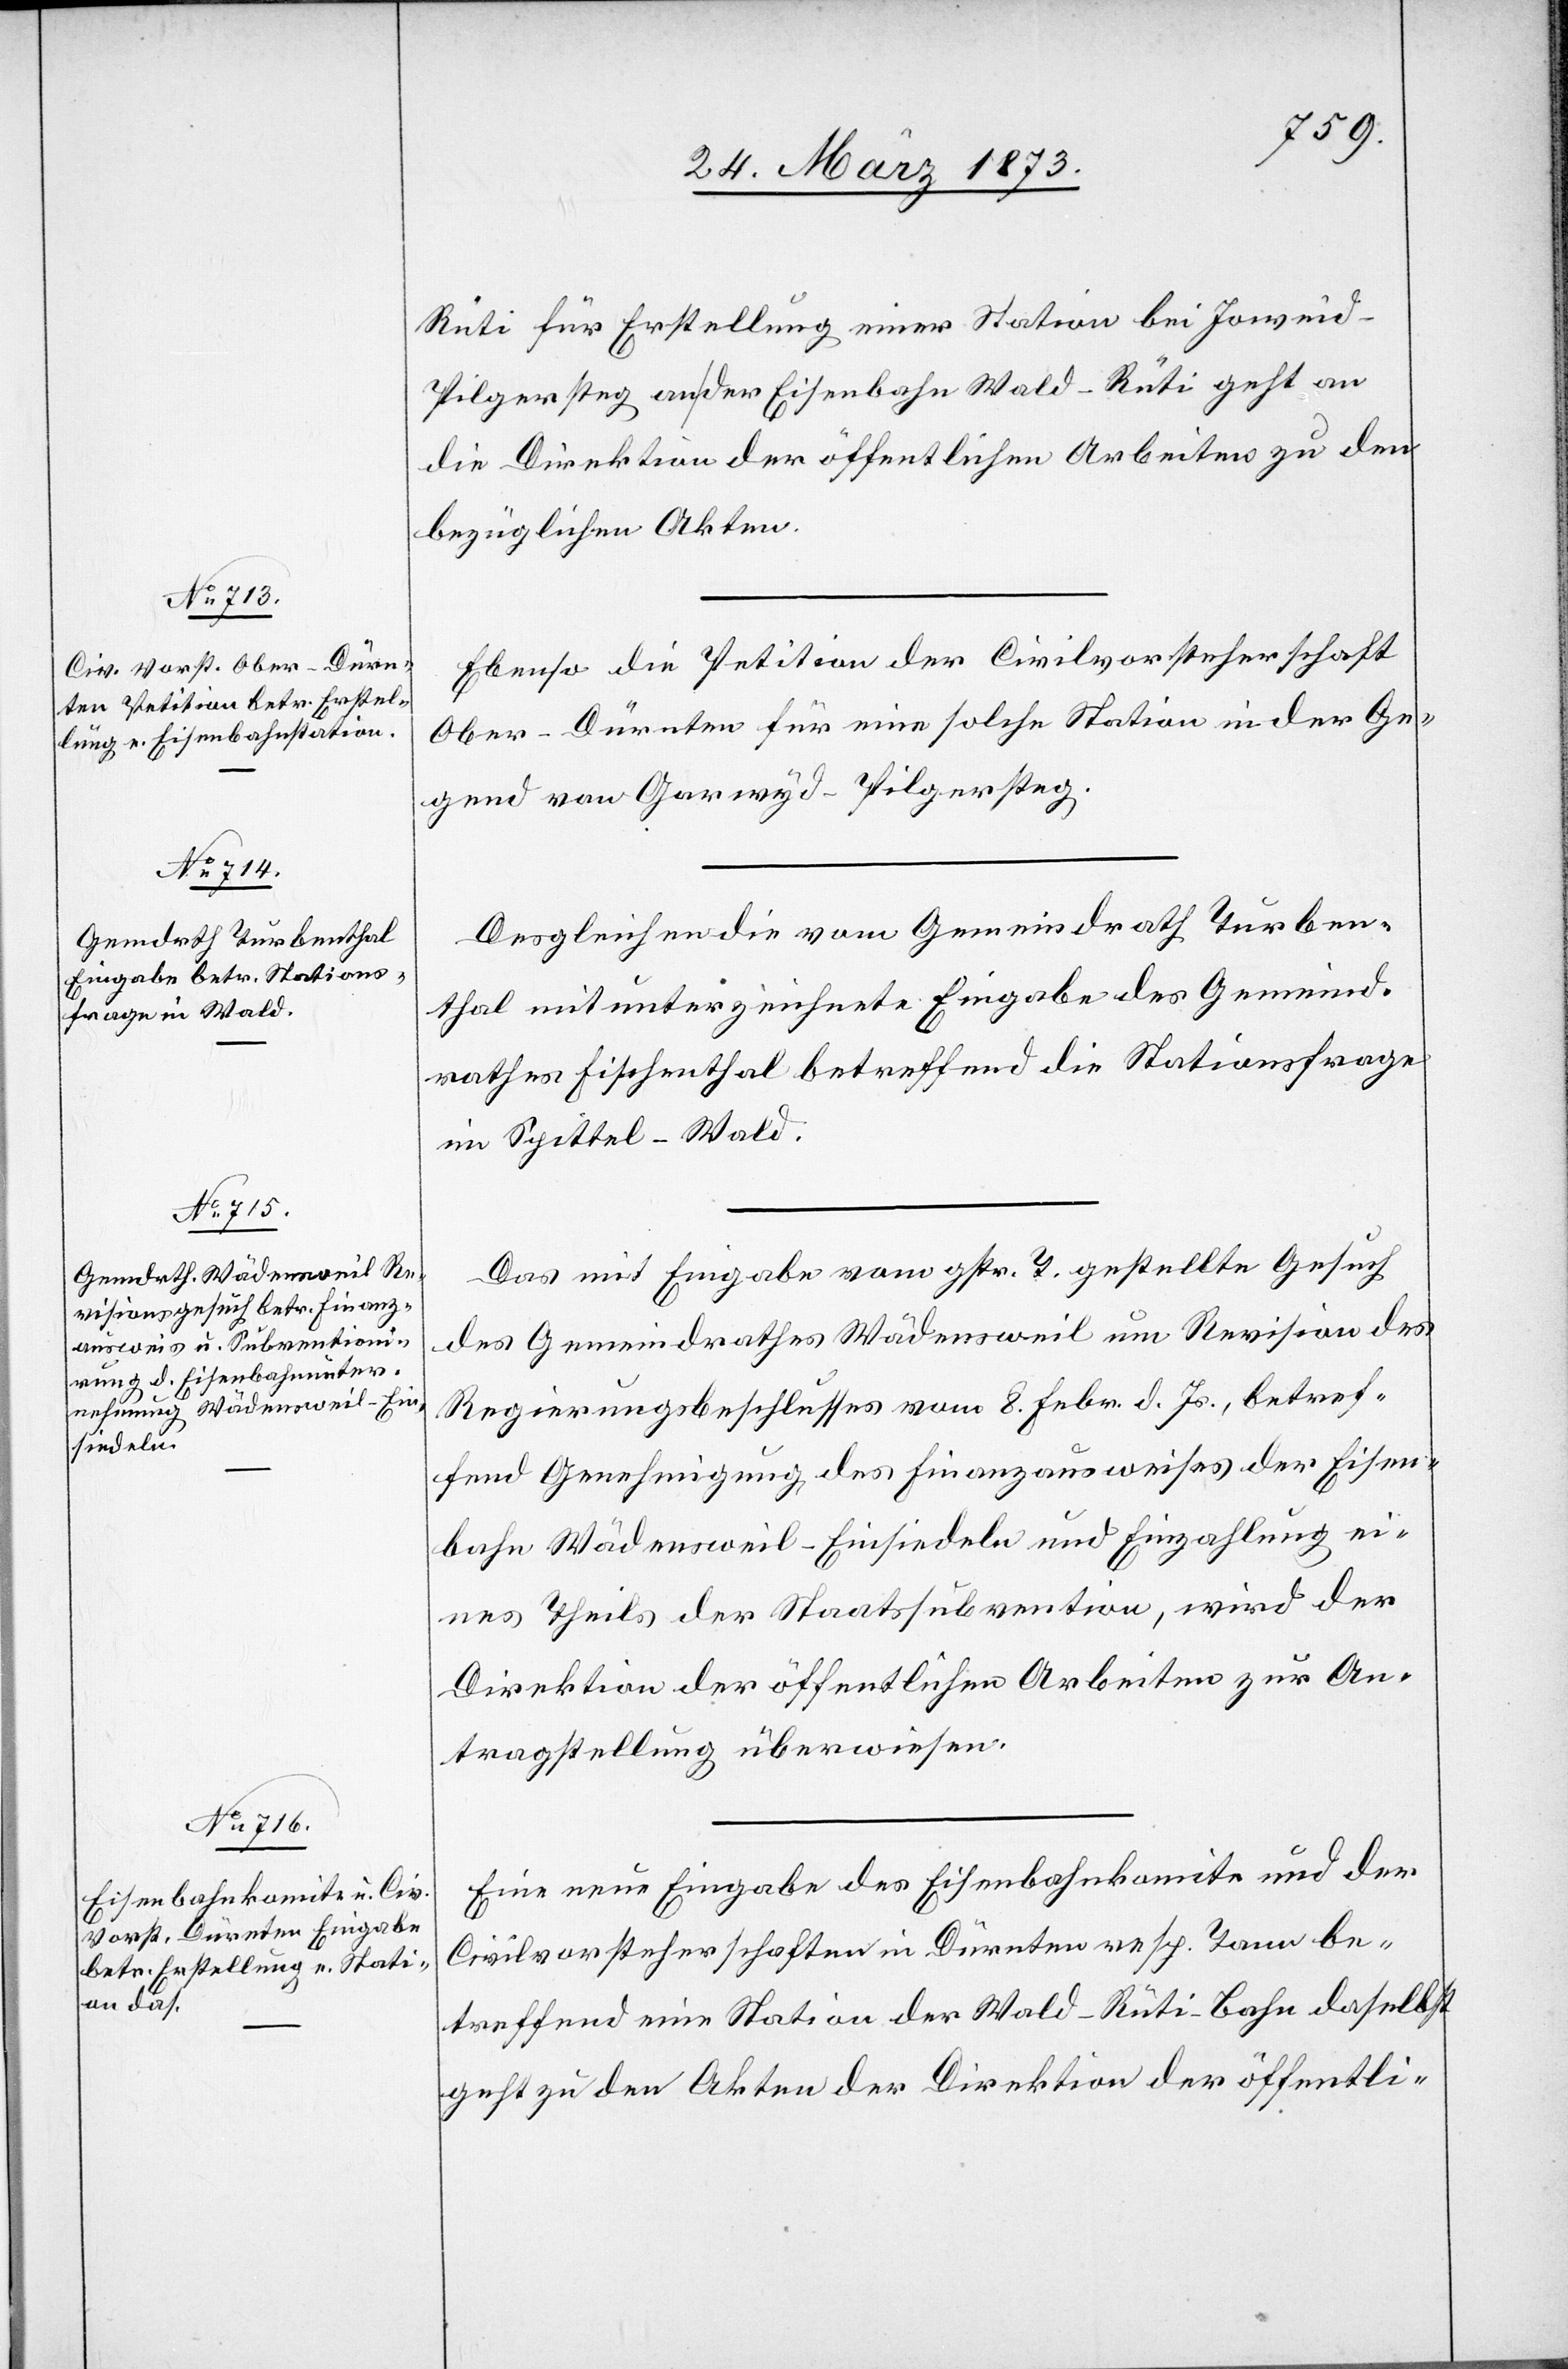
28. März 1873.]
Rüti für Erstellung einer Station bei Jowei¬
d-Pilgersteg an der Eisenbahn Wald–Rüti geht an
die Direktion der öffentlichen Arbeiten zu den
bezüglichen Akten.
Ebenso die Petition der Civilvorsteherschaft
Ober-Dürnten für eine solche Station in der Ge¬
gend von Garwyd-Pilgersteg.
Desgleichen die vom Gemeindrath Turben¬
thal mitunterzeichnete Eingabe des Gemeind¬
rathes Fischenthal betreffend die Stationsfrage
im Spittel-Wald.
Das mit Eingabe vom gestr. T. gestellte Gesuch
des Gemeindrathes Wädensweil um Revision des
Regierungsbeschlusses vom 8. Febr. d. Js., betref¬
fend Genehmigung des Finanzausweises der Eisen¬
bahn Wädensweil–Einsiedeln und Einzahlung ei¬
nes Theils der Staatssubvention, wird der
Direktion der öffentlichen Arbeiten zur An¬
tragstellung überwiesen.
Eine neue Eingabe des Eisenbahnkomite und der
Civilvorsteherschaften in Dürnten resp. Tann be¬
treffend eine Station der Wald-Rüti-Bahn daselbst
geht zu den Akten der Direktion der öffentli-